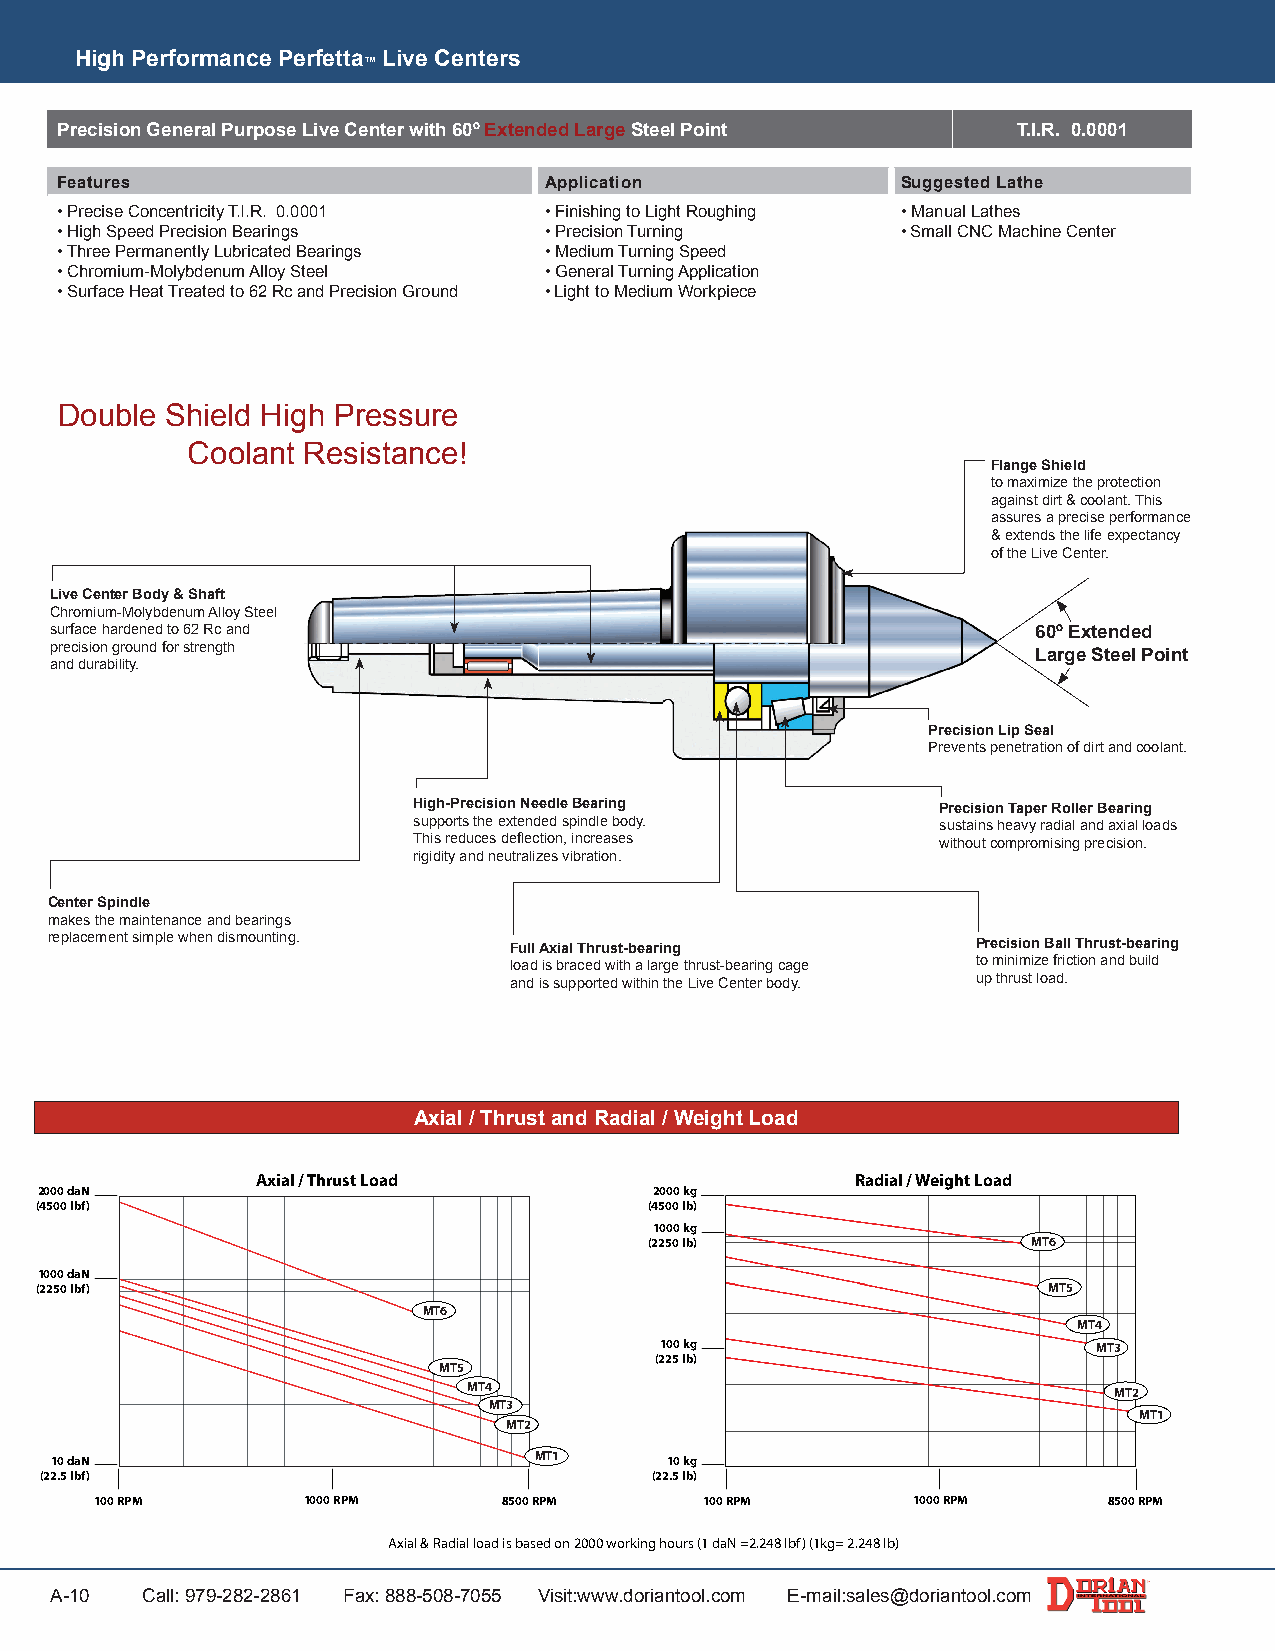
High Performance Perfetta Live Centers
 ™
 Precision General Purpose Live Center with 60º Extended Large Steel Point T.I.R. 0.0001
 Features                        Application             Suggested Lathe
 • Precise Concentricity T.I.R. 0.0001 • Finishing to Light Roughing • Manual Lathes
 • High Speed Precision Bearings • Precision Turning     • Small CNC Machine Center
 • Three Permanently Lubricated Bearings • Medium Turning Speed
 • Chromium-Molybdenum Alloy Steel • General Turning Application
 • Surface Heat Treated to 62 Rc and Precision Ground • Light to Medium Workpiece
 Double Shield High Pressure
 Coolant Resistance!
 Flange Shield
 to maximize the protection
 against dirt & coolant. This
 assures a precise performance
 & extends the life expectancy
 of the Live Center.
 Live Center Body & Shaft
 Chromium-Molybdenum Alloy Steel
 surface hardened to 62 Rc and                                     60º Extended
 precision ground for strength
 Large Steel Point
 and durability.
 Precision Lip Seal
 Prevents penetration of dirt and coolant.
 High-Precision Needle Bearing      Precision Taper Roller Bearing
 supports the extended spindle body. sustains heavy radial and axial loads
 This reduces deflection, increases without compromising precision.
 rigidity and neutralizes vibration.
 Center Spindle
 makes the maintenance and bearings
 replacement simple when dismounting. Full Axial Thrust-bearing Precision Ball Thrust-bearing
 load is braced with a large thrust-bearing cage to minimize friction and build
 and is supported within the Live Center body. up thrust load.
 Axial / Thrust and Radial / Weight Load
 Axial / Thrust Load                     Radial / Weight Load
 2000 daN                                 2000 kg
 (4500 lbf)                               (4500 lb)
 1000 kg
 (2250 lb)                MT6
 1000 daN
 (2250 lbf)                                                         MT5
 MT6
 MT4
 100 kg                       MT3
 (225 lb)
 MT5
 MT4                                        MT2
 MT3
 MT1
 MT2
 10 daN                          MT1      10 kg
 (22.5 lbf)                              (22.5 lb)
 100 RPM       1000 RPM     8500 RPM      100 RPM      1000 RPM     8500 RPM
 Axial & Radial load is based on 2000 working hours (1 daN =2.248 lbf) (1kg= 2.248 lb)
 A-10  Call: 979-282-2861 Fax: 888-508-7055 Visit:www.doriantool.com E-mail:sales@doriantool.com